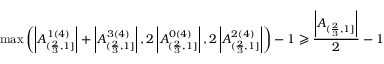
\operatorname* { m a x } \left( \left| A _ { ( \frac { 2 } { 3 } , 1 ] } ^ { 1 ( 4 ) } \right| + \left| A _ { ( \frac { 2 } { 3 } , 1 ] } ^ { 3 ( 4 ) } \right| , 2 \left| A _ { ( \frac { 2 } { 3 } , 1 ] } ^ { 0 ( 4 ) } \right| , 2 \left| A _ { ( \frac { 2 } { 3 } , 1 ] } ^ { 2 ( 4 ) } \right| \right) - 1 \geqslant \frac { \left| A _ { ( \frac { 2 } { 3 } , 1 ] } \right| } { 2 } - 1